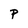
Character: P